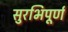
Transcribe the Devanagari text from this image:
सुरभिपूर्ण